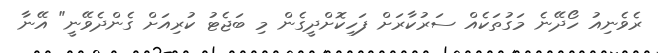
ރެވެނިއު ހޯދޭނެ މަގުތަކެއް ސަރުކާރަށް ފަހިކޮށްދީގެން މި ބަޖެޓު ކުރިއަށް ގެންދެވޭނީ" އޭނާ